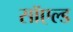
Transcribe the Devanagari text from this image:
सॉएल्ड